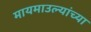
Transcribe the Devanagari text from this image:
मायमाउल्यांच्या